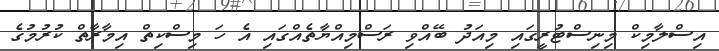
އިސްލާމިކް މިނިސްޓުރީގައި މިއަދު ބޭއްވި ރަސްމިއްޔާތެއްގައި އެ ހަ މިސްކިތް އިމާރާތް ކުރުމުގެ